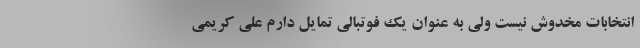
انتخابات مخدوش نیست ولی به عنوان یک فوتبالی تمایل دارم علی کریمی